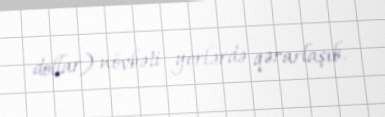
dollar) növbəti yerlərdə qərarlaşıb.